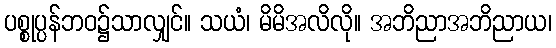
ပစ္စုပ္ပန်ဘဝ၌သာလျှင်။ သယံ၊ မိမိအလိလို။ အဘိညာအဘိညာယ၊